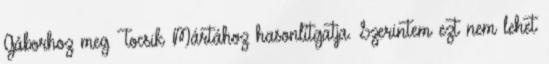
Gáborhoz meg Tocsik Mártához hasonlítgatja. Szerintem ezt nem lehet